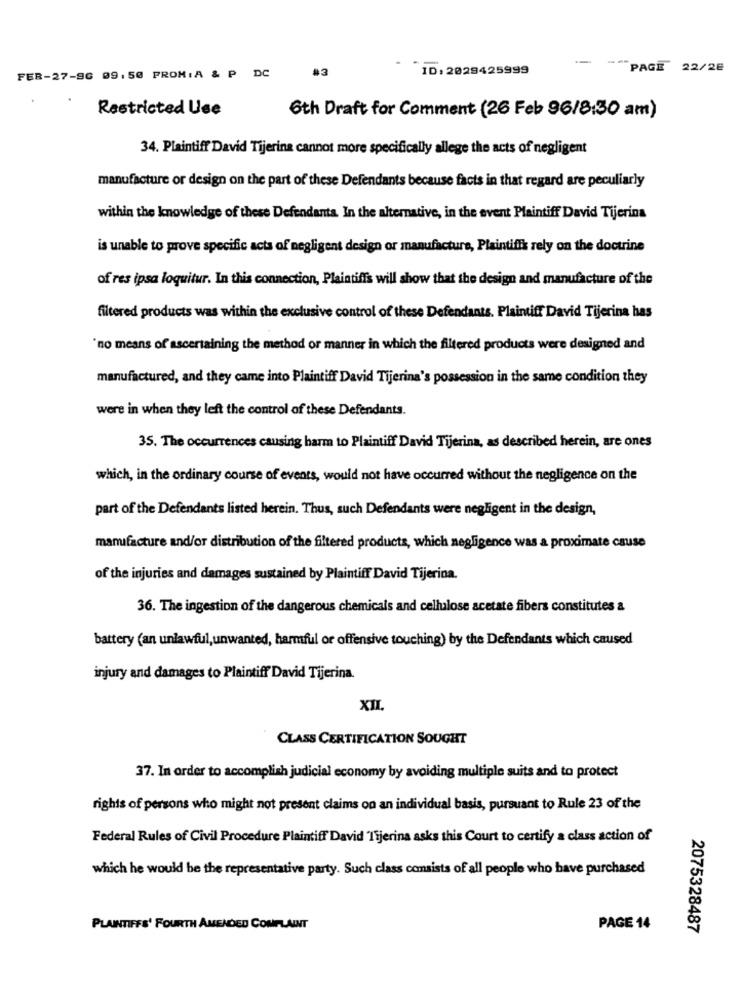
#3
ID: 2029425999
PAGE 22/26
FER-27-96 09. 50 FROM: A & P DC
Restricted Use
6th Draft for Comment (26 Feb 96/8:30 am)
34. Plaintiff David Tijerina cannot more specifically allege the acts of negligent
manufacture or design on the part of these Defendants because facts in that regard are peculiarly
within the knowledge of these Defendants In the alternative, in the event Plaintiff David Tijerina
is unable to prove specific acts of negligent design or manufacture, Plaintiffk rely on the doctrine
of res ipsa loquitur. In this connection, Plaintiffs will show that the design and manufacture of the
filtered products was within the exclusive control of these Defendants. Plaintiff David Tijerina has
"no means of ascertaining the method or manner in which the filtered products were designed and
manufactured, and they came into Plaintiff David Tijerina's possession in the same condition they
were in when they left the control of these Defendants.
35. The occurrences causing harm to Plaintiff David Tijerina, as described herein, are ones
which, in the ordinary course of events, would not have occurred without the negligence on the
part of the Defendants listed herein. Thus, such Defendants were negligent in the design,
manufacture and/or distribution of the filtered products, which negligence was a proximate cause
of the injuries and damages sustained by Plaintiff David Tijerina.
36. The ingestion of the dangerous chemicals and cellulose acetate fibers constitutes a
battery (an unlawful, unwanted, harmful or offensive touching) by the Defendants which caused
injury and damages to Plaintiff David Tijerina.
XII.
CLASS CERTIFICATION SOUGHT
37. In order to accomplish judicial economy by avoiding multiple suits and to protect
rights of persons who might not present claims on an individual basis, pursuant to Rule 23 of the
Federal Rules of Civil Procedure Plaintiff David Tijerina asks this Court to certify a class action of
which he would be the representative party. Such class consists of all people who have purchased
PLAINTIFFS' FOURTH AMENDED COMPLAINT
PAGE 14
2075328487